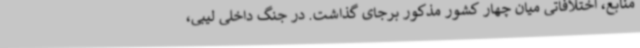
منابع، اختلافاتی میان چهار کشور مذکور برجای گذاشت. در جنگ داخلی لیبی،